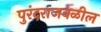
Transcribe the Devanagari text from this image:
पुरंदराजवळील